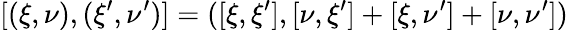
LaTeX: [(\xi,\nu),(\xi^{\prime},\nu^{\prime})]=([\xi,\xi^{\prime}],[\nu,\xi^{\prime}]+[\xi,\nu^{\prime}]+[\nu,\nu^{\prime}])